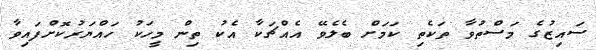
ސައިޒުގެ މަސްތުވާ ތަކެތި ކަމަށް ބެލެވޭ އެއްޗަކާ އެކު ތިން މީހަކު ހައްޔަރުކޮށްފައިވާ